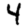
Digit: 4